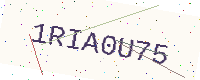
Text: 1RIA0U75